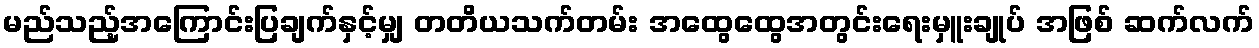
မည်သည့်အကြောင်းပြချက်နှင့်မျှ တတိယသက်တမ်း အထွေထွေအတွင်းရေးမှူးချုပ် အဖြစ် ဆက်လက်